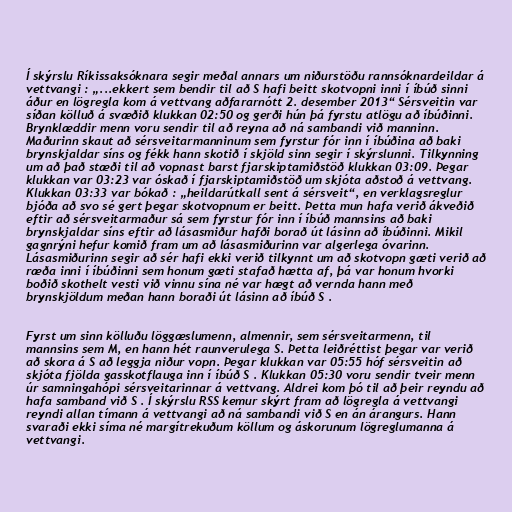
Í skýrslu Ríkissaksóknara segir meðal annars um niðurstöðu rannsóknardeildar á
vettvangi : „...ekkert sem bendir til að S hafi beitt skotvopni inni í íbúð sinni
áður en lögregla kom á vettvang aðfararnótt 2. desember 2013“ Sérsveitin var
síðan kölluð á svæðið klukkan 02:50 og gerði hún þá fyrstu atlögu að íbúðinni.
Brynklæddir menn voru sendir til að reyna að ná sambandi við manninn.
Maðurinn skaut að sérsveitarmanninum sem fyrstur fór inn í íbúðina að baki
brynskjaldar síns og fékk hann skotið í skjöld sinn segir í skýrslunni. Tilkynning
um að það stæði til að vopnast barst fjarskiptamiðstöð klukkan 03:09. Þegar
klukkan var 03:23 var óskað í fjarskiptamiðstöð um skjóta aðstoð á vettvang.
Klukkan 03:33 var bókað : „heildarútkall sent á sérsveit“, en verklagsreglur
bjóða að svo sé gert þegar skotvopnum er beitt. Þetta mun hafa verið ákveðið
eftir að sérsveitarmaður sá sem fyrstur fór inn í íbúð mannsins að baki
brynskjaldar síns eftir að lásasmiður hafði borað út lásinn að íbúðinni. Mikil
gagnrýni hefur komið fram um að lásasmiðurinn var algerlega óvarinn.
Lásasmiðurinn segir að sér hafi ekki verið tilkynnt um að skotvopn gæti verið að
ræða inni í íbúðinni sem honum gæti stafað hætta af, þá var honum hvorki
boðið skothelt vesti við vinnu sína né var hægt að vernda hann með
brynskjöldum meðan hann boraði út lásinn að íbúð S .

Fyrst um sinn kölluðu löggæslumenn, almennir, sem sérsveitarmenn, til
mannsins sem M, en hann hét raunverulega S. Þetta leiðréttist þegar var verið
að skora á S að leggja niður vopn. Þegar klukkan var 05:55 hóf sérsveitin að
skjóta fjölda gasskotflauga inn í íbúð S . Klukkan 05:30 voru sendir tveir menn
úr samningahópi sérsveitarinnar á vettvang. Aldrei kom þó til að þeir reyndu að
hafa samband við S . Í skýrslu RSS kemur skýrt fram að lögregla á vettvangi
reyndi allan tímann á vettvangi að ná sambandi við S en án árangurs. Hann
svaraði ekki síma né margítrekuðum köllum og áskorunum lögreglumanna á
vettvangi.